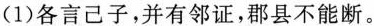
(1)各言己子，并有邻证，郡县不能断。